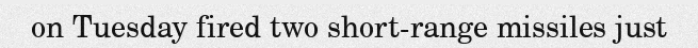
on Tuesday fired two short-range missiles just